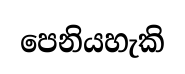
පෙනියහැකි